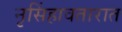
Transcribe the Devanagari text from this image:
नृसिंहावतारात